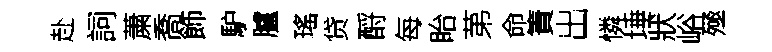
赴詞䔥喬飾馿臚瑤贷酹每眙苐命簀出憐埵狀峪殛